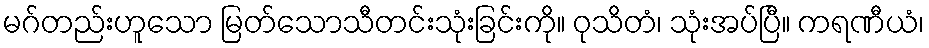
မဂ်တည်းဟူသော မြတ်သောသီတင်းသုံးခြင်းကို။ ဝုသိတံ၊ သုံးအပ်ပြီ။ ကရဏီယံ၊